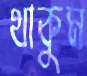
থাকুম